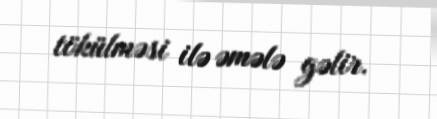
tökülməsi ilə əmələ gəlir.